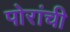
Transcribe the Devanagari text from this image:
पोरांची